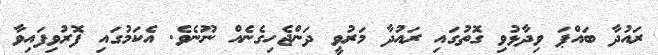
ރައުދާ ބައްޕަ ވިދާޅުވި ގޮތުގައި ރައުދާ މަރުވީ ދަންޖެހިގެނެއް ނޫނެވެ. އެކަމުގައި ފޮރުވިފައިވާ